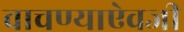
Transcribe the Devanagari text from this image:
वाचण्याऐवजी